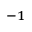
^ { - 1 }